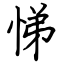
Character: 悌